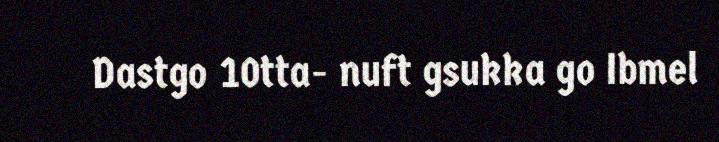
Dastgo 10tta- nuft gsukka go Ibmel